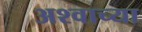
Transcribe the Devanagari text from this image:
अश्वाच्या